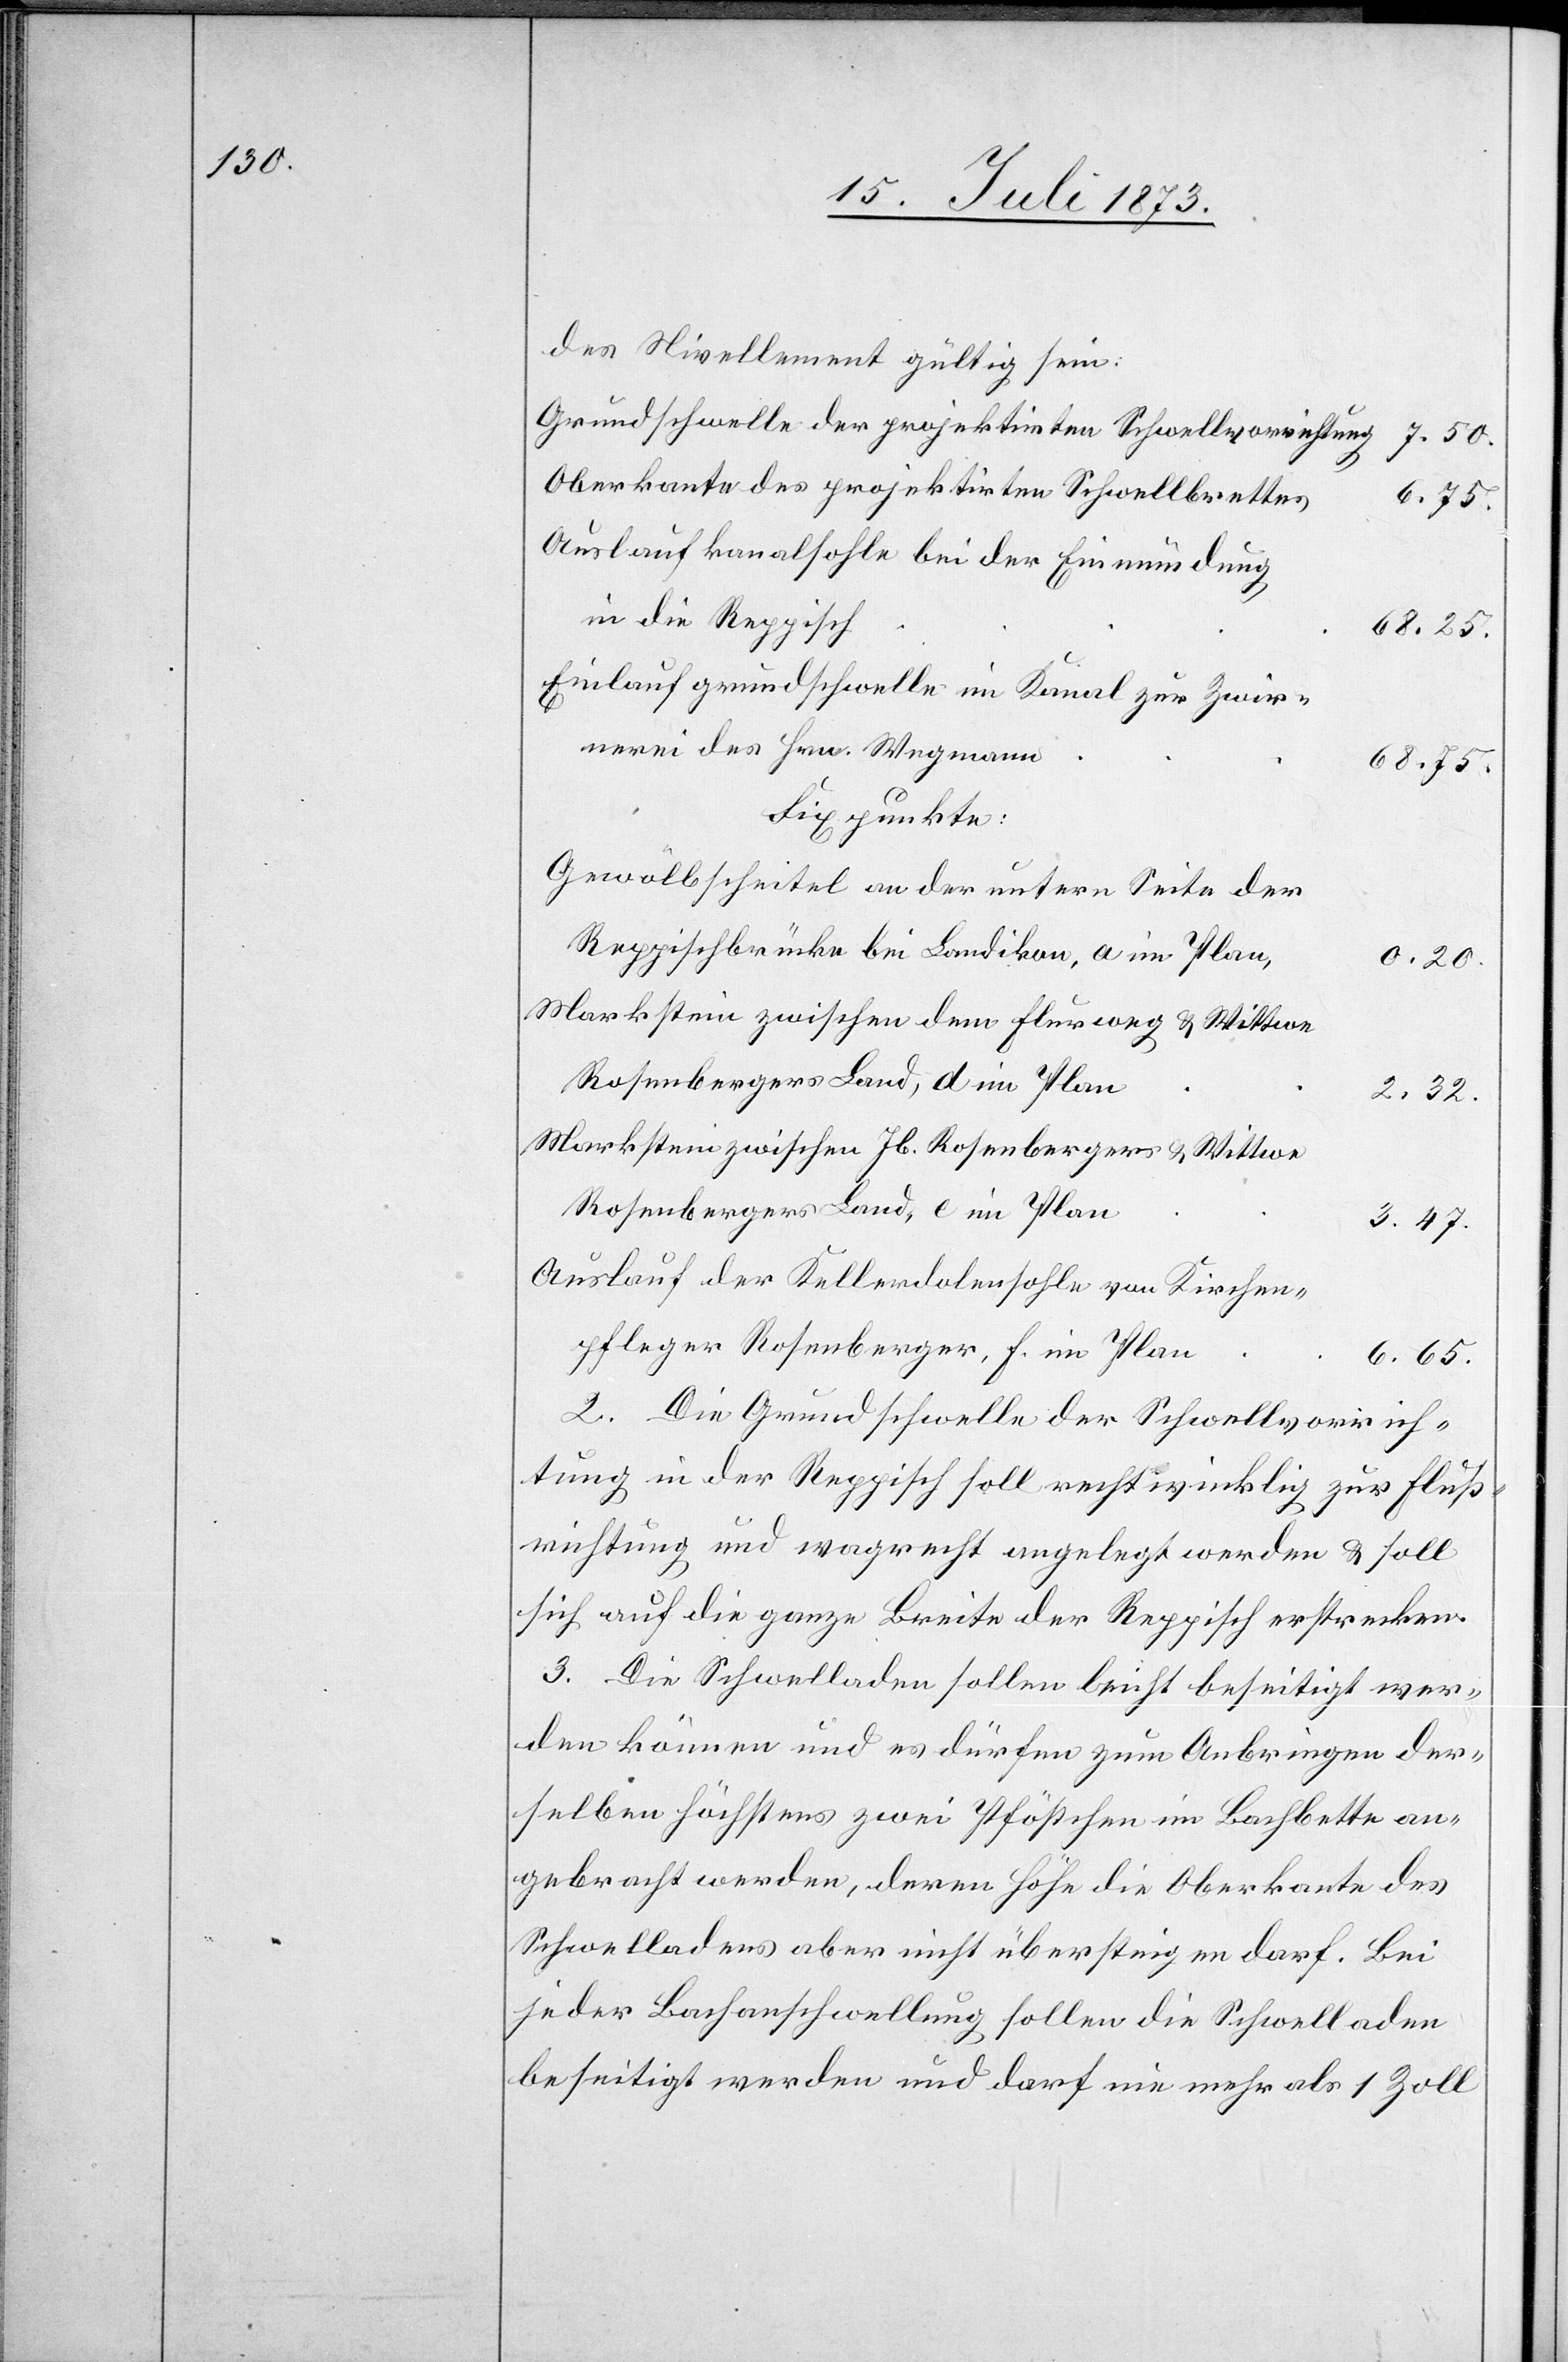
des Nivellement gültig sein:
Grundschwelle der projektirten Schwellvorrichtung
7.50.
Oberkante des projektirten Schwellbrettes
6.75.
Auslaufkanalsohle bei der Einmündung
in die Reppisch
68.25.
Einlaufgrundschwelle im Kanal zur Zwir¬
nerei des Hrn. Wegmann
68.75.
Fixpunkte:
Gewölbscheitel an der untern Seite der
Reppischbrücke bei Landikon, a im Plan,
0.20.
Markstein zwischen dem Flurweg & Wittwe
Rosenbergers Land, d im Plan
2.32.
Markstein zwischen Jb. Rosenbergers & Wittwe
Rosenbergers Land, e im Plan
3.47.
Auslauf der Kellerdolensohle von Kirchen¬
pfleger Rosenberger, f. im Plan
6.65.
2. Die Grundschwelle der Schwellvorrich¬
tung in der Reppisch soll rechtwinklig zur Fluß¬
richtung und wagrecht angelegt werden & soll
sich auf die ganze Breite der Reppisch erstrecken.
3. Die Schwelladen sollen leicht beseitigt wer¬
den können und es dürfen zum Anbringen der¬
selben höchstens zwei Pföstchen im Bachbette an¬
gebracht werden, deren Höhe die Oberkante des
Schwelladens aber nicht übersteigen darf. Bei
jeder Bachanschwellung sollen die Schwelladen
beseitigt werden und darf nie mehr als 1 Zoll